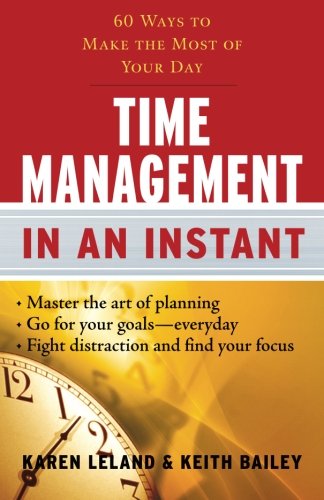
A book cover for Time Management In an Instant: 60 Ways to Make the Most of Your Day (In an Instant (Career Press)); Karen Leland; Business & Money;